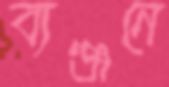
ব্যঞ্জনে